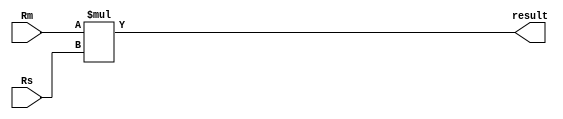
module multiplier(  /*Rn,*/ Rs, Rm, result, /*nzcv*/);
parameter N = 32; 

//for now multiply_long instructions are not implemented
output wire[N-1:0] result;
//output reg[3:0] nzcv;
//input wire[N-1:0] Rn;
input wire[N-1:0] Rs;
input wire[N-1:0] Rm;
//input wire A;	//this bit says if this is accumulate instruction or not.

assign result = Rm*Rs;
//nzcv = {result[32], (result == 0),1'bx,1'bx}; //c,v don't unpredictable

endmodule